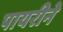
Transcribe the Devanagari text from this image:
पायरीने